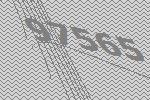
97565